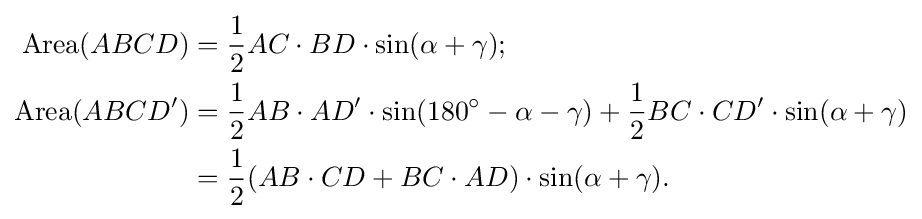
{\begin{aligned}\mathrm {Area} (ABCD)&={\frac {1}{2}}AC\cdot BD\cdot \sin(\alpha +\gamma );\\\mathrm {Area} (ABCD')&={\frac {1}{2}}AB\cdot AD'\cdot \sin(180^{\circ }-\alpha -\gamma )+{\frac {1}{2}}BC\cdot CD'\cdot \sin(\alpha +\gamma )\\&={\frac {1}{2}}(AB\cdot CD+BC\cdot AD)\cdot \sin(\alpha +\gamma ).\end{aligned}}